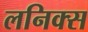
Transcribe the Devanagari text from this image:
लनिक्स